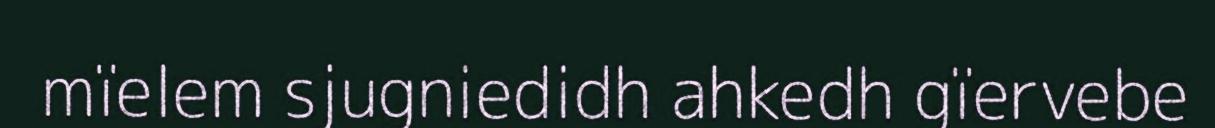
mïelem sjugniedidh ahkedh gïervebe